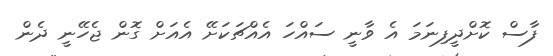
ފާސް ކޮށްދީފިނަމަ އެ ވާނީ ސައްހަ އެއްޗަކަށޭ އެއަށް ގޮން ޖެހޭނީ ދެން